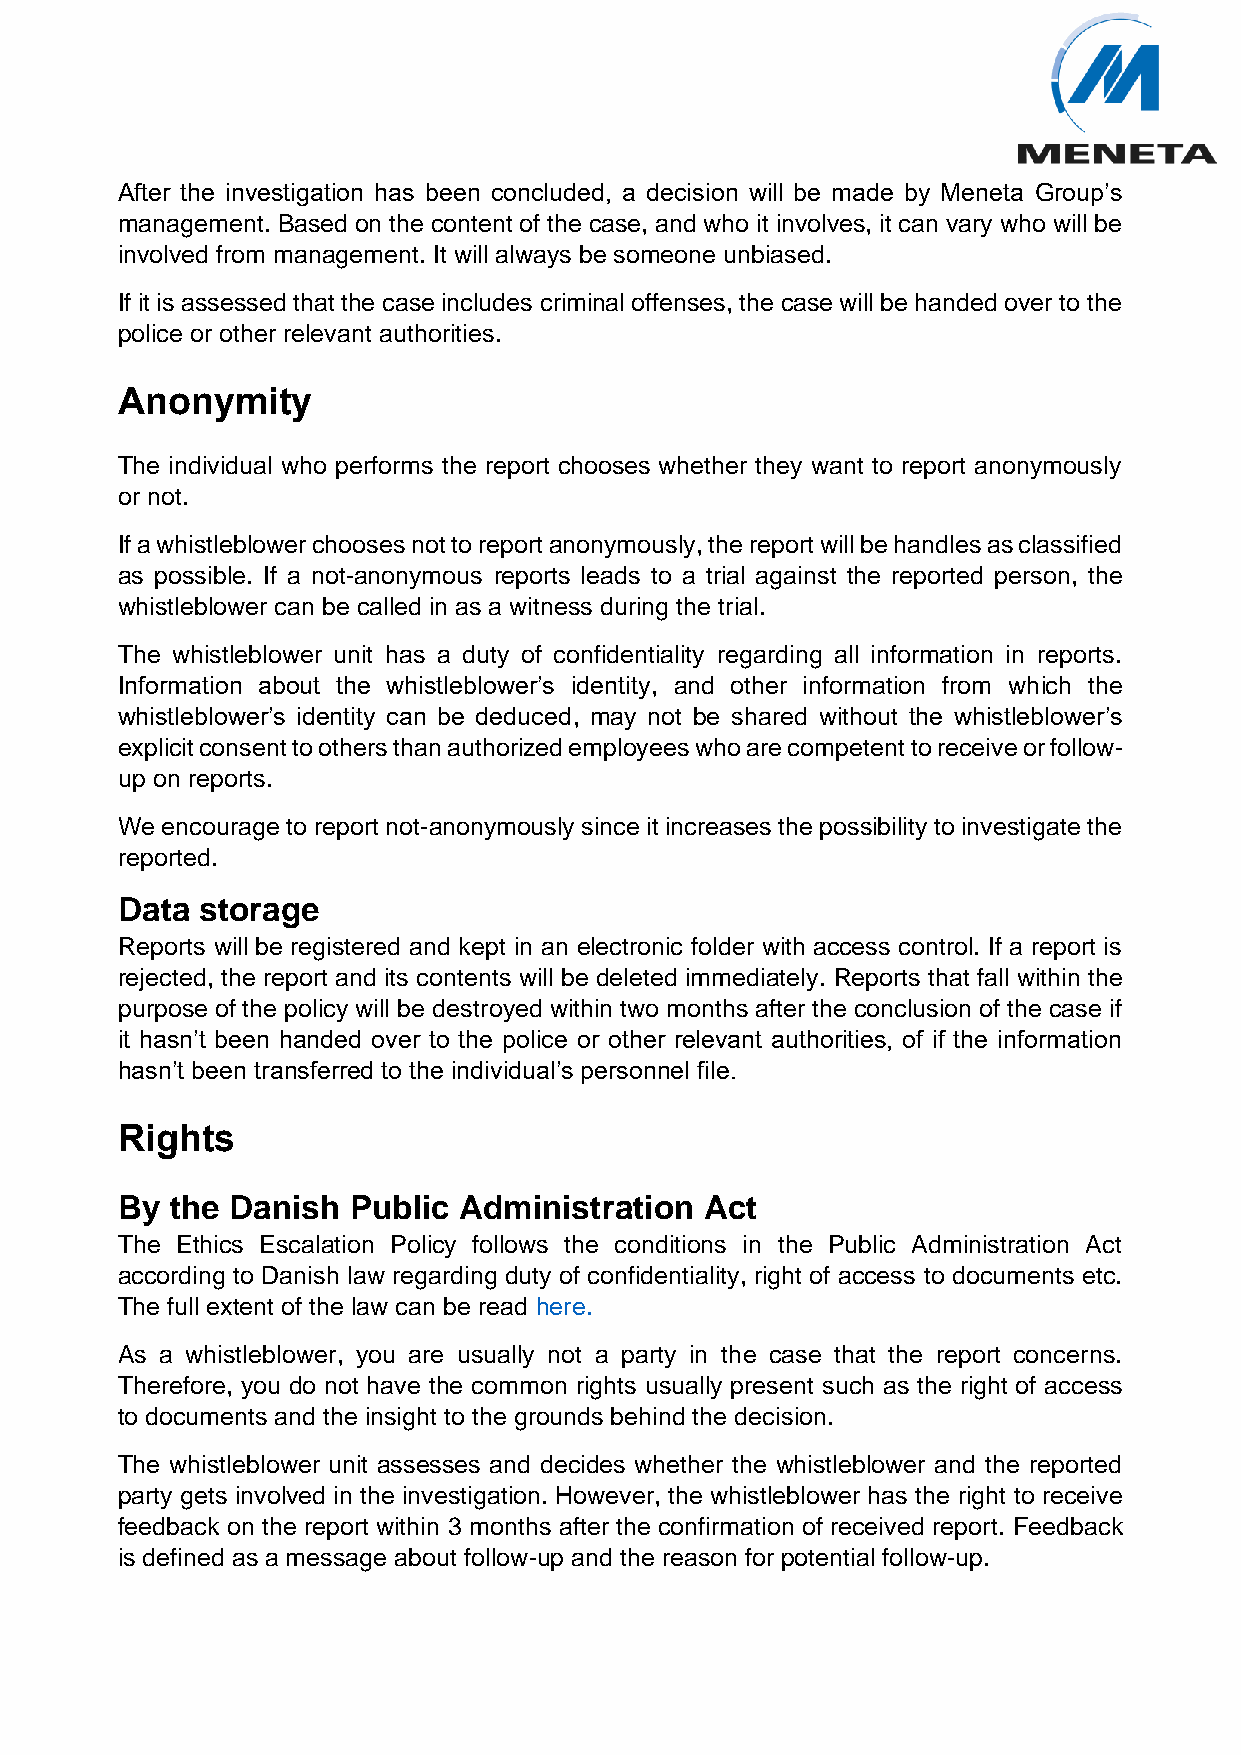
After the investigation has been concluded, a decision will be made by Meneta Group’s
 management. Based on the content of the case, and who it involves, it can vary who will be
 involved from management. It will always be someone unbiased.
 If it is assessed that the case includes criminal offenses, the case will be handed over to the
 police or other relevant authorities.
 Anonymity
 The individual who performs the report chooses whether they want to report anonymously
 or not.
 If a whistleblower chooses not to report anonymously, the report will be handles as classified
 as possible. If a not-anonymous reports leads to a trial against the reported person, the
 whistleblower can be called in as a witness during the trial.
 The whistleblower unit has a duty of confidentiality regarding all information in reports.
 Information about the whistleblower’s identity, and other information from which the
 whistleblower’s identity can be deduced, may not be shared without the whistleblower’s
 explicit consent to others than authorized employees who are competent to receive or follow-
 up on reports.
 We encourage to report not-anonymously since it increases the possibility to investigate the
 reported.
 Data storage
 Reports will be registered and kept in an electronic folder with access control. If a report is
 rejected, the report and its contents will be deleted immediately. Reports that fall within the
 purpose of the policy will be destroyed within two months after the conclusion of the case if
 it hasn’t been handed over to the police or other relevant authorities, of if the information
 hasn’t been transferred to the individual’s personnel file.
 Rights
 By the Danish  Public Administration   Act
 The Ethics Escalation Policy follows the conditions in the Public Administration Act
 according to Danish law regarding duty of confidentiality, right of access to documents etc.
 The full extent of the law can be read here.
 As a whistleblower, you are usually not a party in the case that the report concerns.
 Therefore, you do not have the common rights usually present such as the right of access
 to documents and the insight to the grounds behind the decision.
 The whistleblower unit assesses and decides whether the whistleblower and the reported
 party gets involved in the investigation. However, the whistleblower has the right to receive
 feedback on the report within 3 months after the confirmation of received report. Feedback
 is defined as a message about follow-up and the reason for potential follow-up.